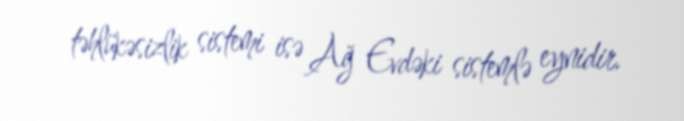
təhlükəsizlik sistemi isə Ağ Evdəki sistemlə eynidir.